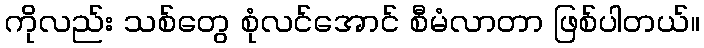
ကိုလည်း သစ်တွေ စုံလင်အောင် စီမံလာတာ ဖြစ်ပါတယ်။